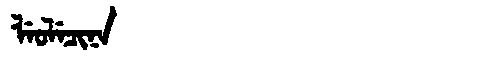
Manchu: ᠯᡝᠣᠯᡝᠴᡳᠨᠠ
Romanization: LEOLECINA